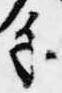
手